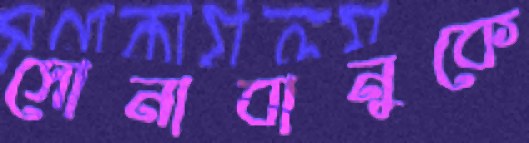
সোনাবানুকে